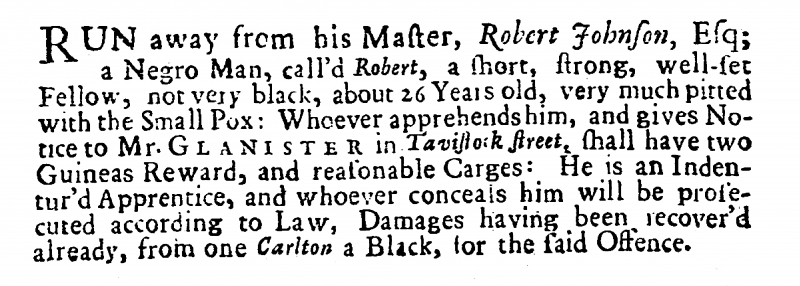
Whitehall Evening Post, 19 March 1728 (England)
RUN away from his Master, Robert Johnson, Esq; a Negro Man, call’d Robert, a short, strong, well-set Fellow, not very black, about 26 Years old, very much pitted with the Small Pox: Whoever apprehends him, and gives Notice to Mr. GLANISTER in Tavistock street, shall have two Guineas Reward, and reasonable Carges: He is an Indentur’d Apprentice, and whoever conceals him will be prosecuted according to Law, Damages having been recover’d already, from one Carlton a Black, for the said Offence.